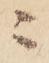
ニ